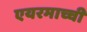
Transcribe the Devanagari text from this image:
एयरमाच्ची